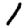
Digit: 1